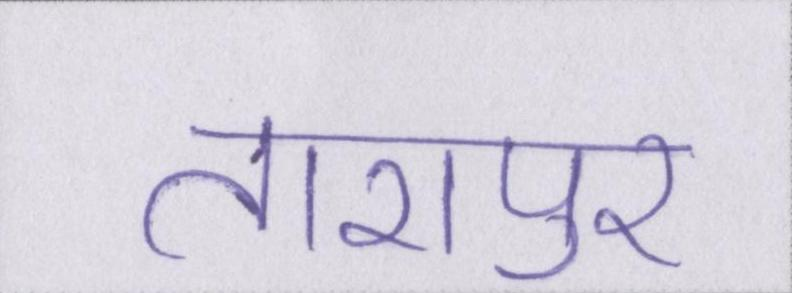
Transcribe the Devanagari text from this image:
तारापुर